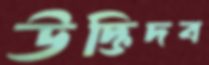
উদ্ভিদব